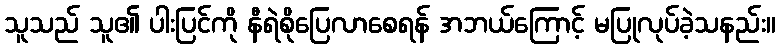
သူသည် သူ၏ ပါးပြင်ကို နီရဲစိုပြေလာစေရန် အဘယ်ကြောင့် မပြုလုပ်ခဲ့သနည်း။